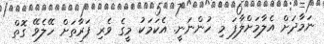
ނަމާދަށް އެލާމަށްލާފަ މި ހުންނަނީ. އެކަމަކު މީގެ ވެރި ފަރާތަށް ހޭލެވޭ ގޮތް